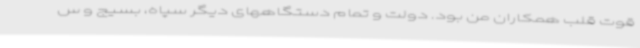
قوت قلب همکاران من بود. دولت و تمام دستگاههای دیگر سپاه، بسیج و س